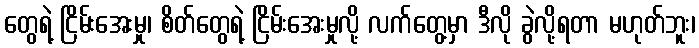
တွေရဲ့ ငြိမ်းအေးမှု၊ စိတ်တွေရဲ့ ငြိမ်းအေးမှုလို့ လက်တွေ့မှာ ဒီလို ခွဲလို့ရတာ မဟုတ်ဘူး၊